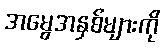
အမွေအနှစ်များကို